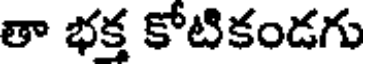
తా భక్త కోటికండగు